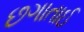
છગાતાઈ